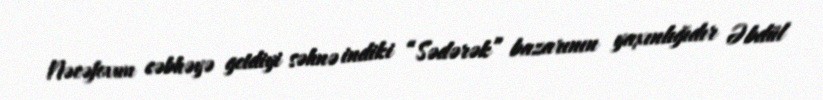
Nəcəfovun cəbhəyə getdiyi səhnə indiki “Sədərək” bazarının yaxınlığıdır Əbdül